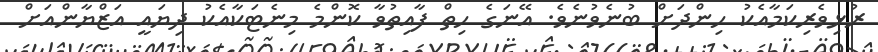
ރުޅިވެރިކަމާއެކު ހިންދަށް ބުނެވުނެވެ. އޭނަގެ ހިތް ފާއިތުވާ ކޮންމެ މިނެޓަކާއެކު ދިޔައީ އަޒްޔާންއަށް